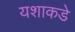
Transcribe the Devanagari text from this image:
यशाकडे